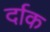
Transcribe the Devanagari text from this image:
र्दाक